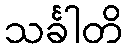
သင်္ခါတိ